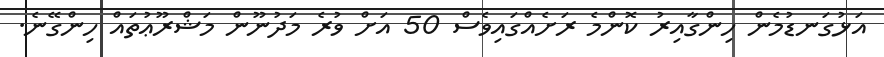
އަޅުގަނޑުމެން ހިންގާއިރު ކޮންމެ ރަށެއްގައިވެސް 50 އަށް ވުރެ މަދުނޫން މަޝްރޫޢުތައް ހިންގޭނެ.